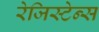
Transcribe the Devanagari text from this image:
रेजिस्टेन्स